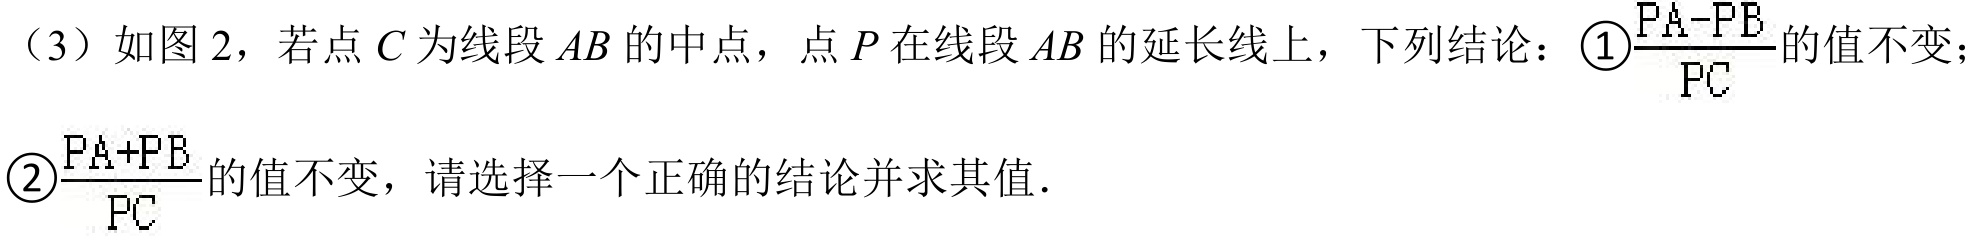
（3）如图 2，若点\(C\)为线段\(AB\)的中点，点\(P\)在线段\(AB\)的延长线上，下列结论：\textcircled{1}\(\frac{PA - PB}{PC}\)的值不变；\textcircled{2}\(\frac{PA + PB}{PC}\)的值不变，请选择一个正确的结论并求其值．